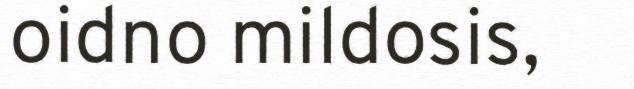
oidno mildosis,